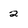
Character: 2